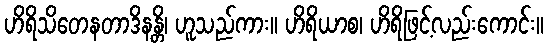
ဟိရိသိတေနတာဒိနန္တိ၊ ဟူသည်ကား။ ဟိရိယာစ၊ ဟိရိဖြင့်လည်းကောင်း။